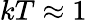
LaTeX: kT\approx 1